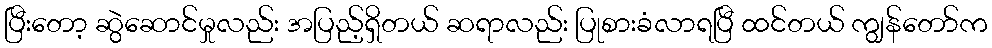
ပြီးတော့ ဆွဲဆောင်မှုလည်း အပြည့်ရှိတယ် ဆရာလည်း ပြုစားခံလာရပြီ ထင်တယ် ကျွန်တော်က